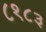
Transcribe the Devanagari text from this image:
८१८३